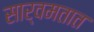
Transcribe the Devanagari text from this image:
सार्वमतात